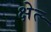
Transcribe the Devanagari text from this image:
क्षेत्र्‍